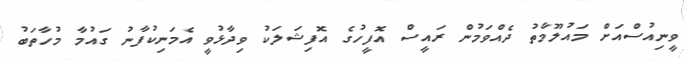
ވީނިއުސްއަށް މައުލޫމާތު ދެއްވަމުން ރައީސް އޮފީހުގެ އޮފިޝަލަކު ވިދާޅުވީ އެމަނިކުފާނު ގައުމާ މުހާތަބު